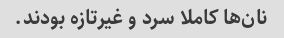
نان‌ها کاملا سرد و غیرتازه بودند.